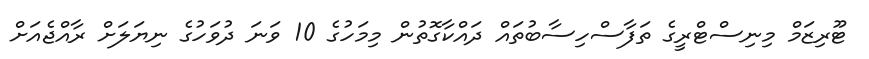
ޓޫރިޒަމް މިނިސްޓްރީގެ ތަފާސްހިސާބުތައް ދައްކާގޮތުން މިމަހުގެ 10 ވަނަ ދުވަހުގެ ނިޔަލަށް ރާއްޖެއަށް